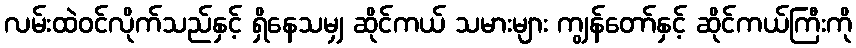
လမ်းထဲဝင်လိုက်သည်နှင့် ရှိနေသမျှ ဆိုင်ကယ် သမားများ ကျွန်တော်နှင့် ဆိုင်ကယ်ကြီးကို